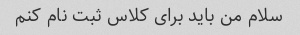
سلام من باید برای کلاس ثبت نام کنم